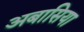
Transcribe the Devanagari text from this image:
अबासिया